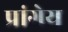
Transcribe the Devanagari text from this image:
प्रांगेय